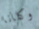
وكلانا